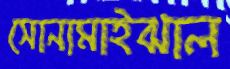
সোনামাইঝাল